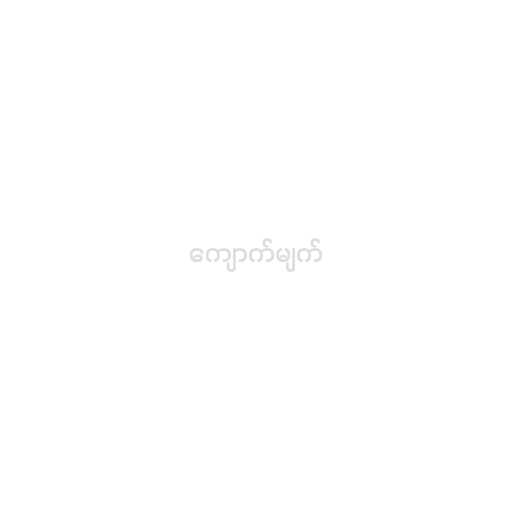
ကျောက်မျက်